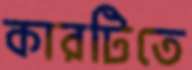
কারটিতে